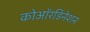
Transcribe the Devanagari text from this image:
कोऑरडिनेशन